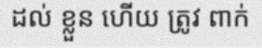
ដល់ ខ្លួន ហើយ ត្រូវ ពាក់